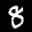
Label: 8